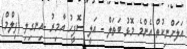
އަލަށްނިކުތް އެންމެ މޮޅު ބަތަލް - އަލީ ސޮފީހު އާމިރު -އިނގިލި (ފިލްމް)